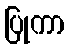
ပြုကာ